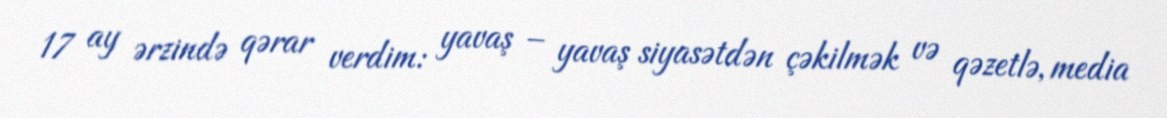
17 ay ərzində qərar verdim: yavaş – yavaş siyasətdən çəkilmək və qəzetlə, media